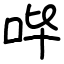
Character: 哔